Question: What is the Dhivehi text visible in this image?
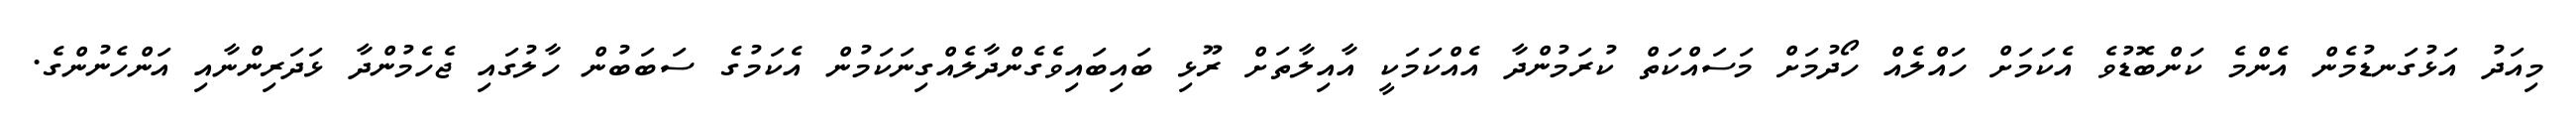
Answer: މިއަދު އަޅުގަނޑުމެން އެންމެ ކަންބޮޑުވެ އެކަމަށް ހައްލެއް ހޯދުމަށް މަސައްކަތް ކުރަމުންދާ އެއްކަމަކީ އާއިލާތަށް ރޫޅި ބައިބައިވެގެންދާލެއްގިނަކަމުން އެކަމުގެ ސަބަބުން ހާލުގައި ޖެހެމުންދާ ޅަދަރިންނާއި އަންހެނުންގެ.